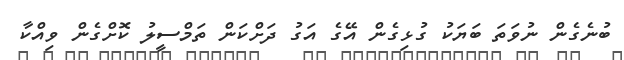
ބުނެގެން ނުވަތަ ބަޔަކު ގުޅިގެން އޭގެ އަގު ދަށްކަން ތަމްސީލު ކޮށްގެން ވިއްކާ